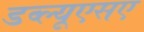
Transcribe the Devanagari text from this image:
डब्ल्यूएसए